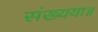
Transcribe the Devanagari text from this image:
संख्यया॥